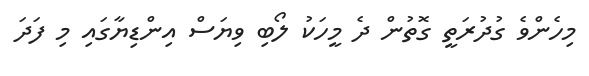
މިހެންވެ ގުދުރަތީ ގޮތުން ދެ މީހަކު ލޯބި ވިޔަސް އިންޑިޔާގައި މި ފަދަ